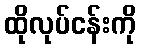
ထိုလုပ်ငန်းကို